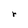
Character: r